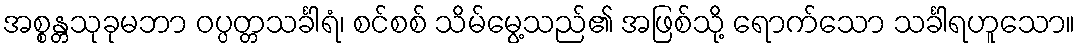
အစ္စန္တသုခုမဘာ ဝပ္ပတ္တသင်္ခါရံ၊ စင်စစ် သိမ်မွေ့သည်၏ အဖြစ်သို့ ရောက်သော သင်္ခါရဟူသော။